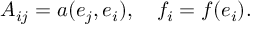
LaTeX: A _ { i j } = a ( e _ { j } , e _ { i } ) , \quad f _ { i } = f ( e _ { i } ) .